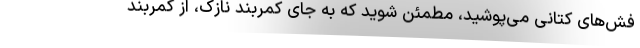
فش‌های کتانی می‌پوشید، مطمئن شوید که به جای کمربند نازک، از کمربند